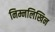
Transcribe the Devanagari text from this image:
निम्नलिखिन